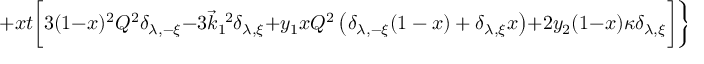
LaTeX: + x t \biggl [ 3 ( 1 - x ) ^ { 2 } Q ^ { 2 } \delta _ { \lambda , - \xi } - 3 \vec { k } _ { 1 } ^ { ~ 2 } \delta _ { \lambda , \xi } + y _ { 1 } x Q ^ { 2 } \left( \delta _ { \lambda , - \xi } ( 1 - x ) + \delta _ { \lambda , \xi } x \right) + 2 y _ { 2 } ( 1 - x ) \kappa \delta _ { \lambda , \xi } \biggr ] \biggr \} \biggr ) ,